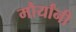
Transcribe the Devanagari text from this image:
मौर्यांनी